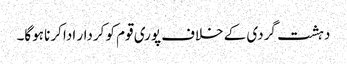
دہشت گردی کے خلاف پوری قوم کو کردار ادا کرنا ہوگا۔